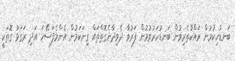
ބަނޑުހިކުމުން ރައްކާތެރިވުން ބަނޑުހަރުވުމުން ފަރުވާ ދެވިދާނެގޮތްތައް ގިނަކަމުން އެންމެފަސޭހަ އަދި ރަގަޅު ގޮތަކީ